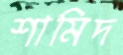
শামিদ